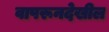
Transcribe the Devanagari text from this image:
वापरूनदेखील